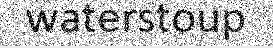
waterstoup